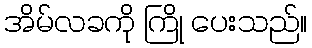
အိမ်လခကို ကြို ပေးသည်။